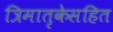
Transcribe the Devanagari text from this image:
त्रिमातृकेसहित